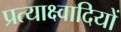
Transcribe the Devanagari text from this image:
प्रत्याक्ष्वादियों